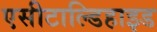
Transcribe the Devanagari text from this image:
एसीटाल्डिहाइड